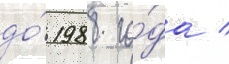
до́ 1988 го́да /